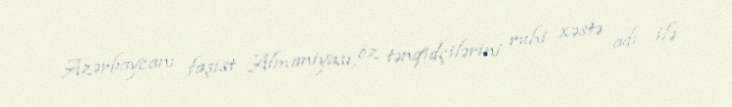
Azərbaycanı faşist Almaniyası, öz tənqidçilərini ruhi xəstə adı ilə